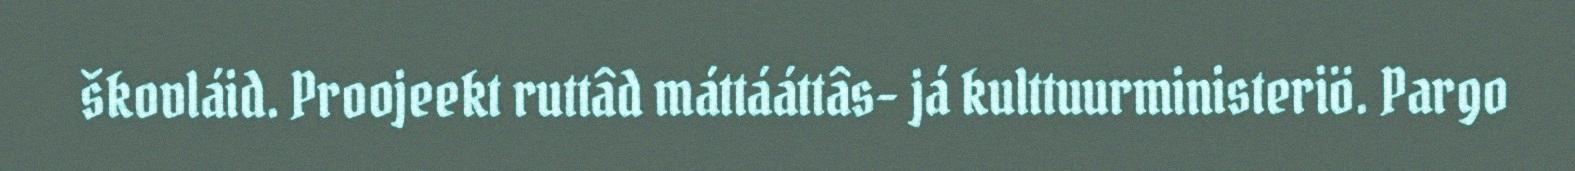
škovláid. Proojeekt ruttâd máttááttâs- já kulttuurministeriö. Pargo